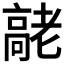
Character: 𦓄